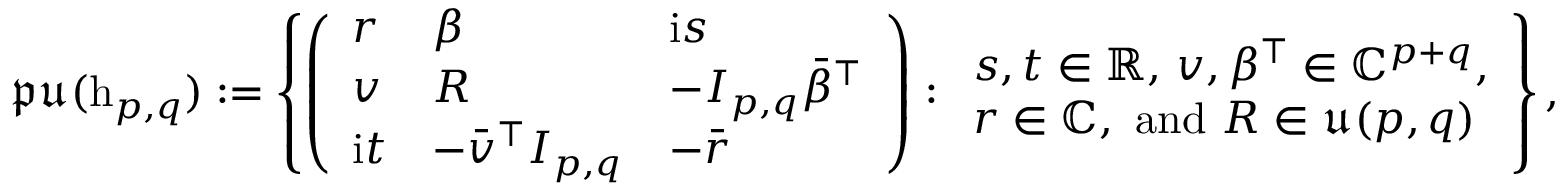
\mathfrak { p u } ( \mathrm { h } _ { p , q } ) : = \left\{ \left( \begin{array} { l l l } { r } & { \beta } & { \mathrm { i } s } \\ { v } & { R } & { - I _ { p , q } \bar { \beta } ^ { \top } } \\ { \mathrm { i } t } & { - \bar { v } ^ { \top } I _ { p , q } } & { - \bar { r } } \end{array} \right) : \begin{array} { l } { s , t \in \mathbb { R } , \, v , \beta ^ { \top } \in \mathbb { C } ^ { p + q } , } \\ { r \in \mathbb { C } , \mathrm { ~ a n d ~ } R \in \mathfrak { u } ( p , q ) } \end{array} \right\} ,